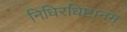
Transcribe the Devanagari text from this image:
निधिरधिष्टानम्